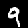
Label: 9